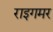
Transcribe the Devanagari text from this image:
राइगमर